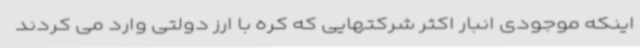
اینکه موجودی انبار اکثر شرکتهایی که کره با ارز دولتی وارد می کردند